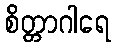
စိတ္တာဂါရေ